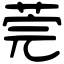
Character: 莞